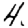
Digit: 4